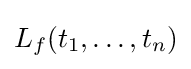
L_{f}(t_{1},\ldots ,t_{n})